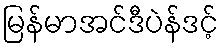
မြန်မာအင်ဒီပဲန်ဒင့်